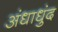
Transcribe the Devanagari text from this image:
अंधाधुंद